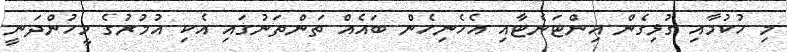
މި ހުކުމާއި ގުޅިގެން އިންޓަނެޓާއި އެހެނިހެން ބައެއް ތަންތަނުގައި އެކި އުމުރުގެ މީހުންދަނީ